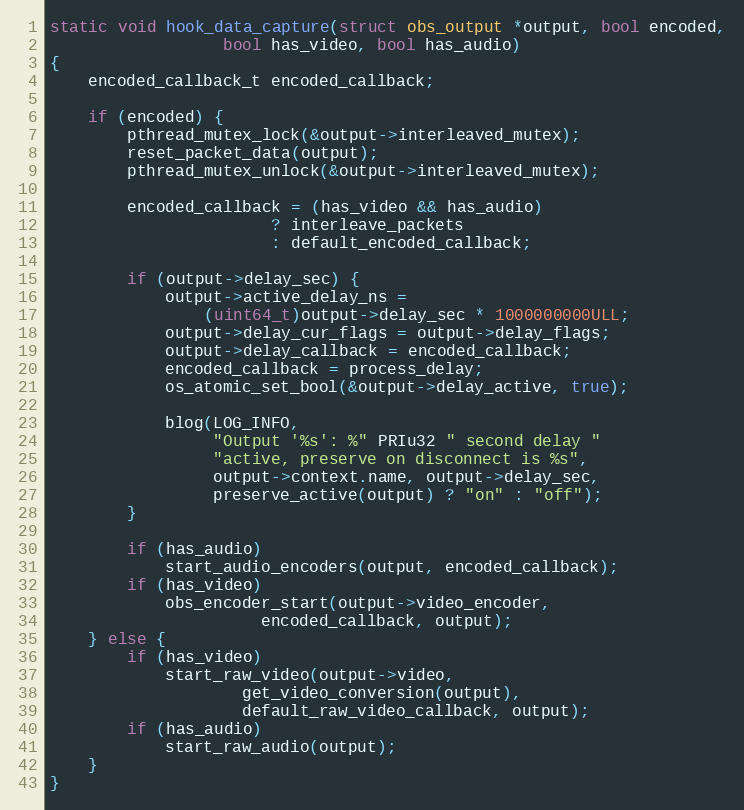
Language: C
static void hook_data_capture(struct obs_output *output, bool encoded,
			      bool has_video, bool has_audio)
{
	encoded_callback_t encoded_callback;

	if (encoded) {
		pthread_mutex_lock(&output->interleaved_mutex);
		reset_packet_data(output);
		pthread_mutex_unlock(&output->interleaved_mutex);

		encoded_callback = (has_video && has_audio)
					   ? interleave_packets
					   : default_encoded_callback;

		if (output->delay_sec) {
			output->active_delay_ns =
				(uint64_t)output->delay_sec * 1000000000ULL;
			output->delay_cur_flags = output->delay_flags;
			output->delay_callback = encoded_callback;
			encoded_callback = process_delay;
			os_atomic_set_bool(&output->delay_active, true);

			blog(LOG_INFO,
			     "Output '%s': %" PRIu32 " second delay "
			     "active, preserve on disconnect is %s",
			     output->context.name, output->delay_sec,
			     preserve_active(output) ? "on" : "off");
		}

		if (has_audio)
			start_audio_encoders(output, encoded_callback);
		if (has_video)
			obs_encoder_start(output->video_encoder,
					  encoded_callback, output);
	} else {
		if (has_video)
			start_raw_video(output->video,
					get_video_conversion(output),
					default_raw_video_callback, output);
		if (has_audio)
			start_raw_audio(output);
	}
}